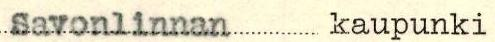
Savonlinnan kaupunki